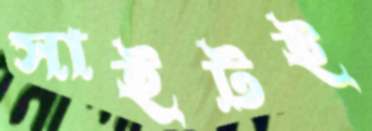
সাইটই